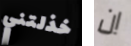
خذلتني ان